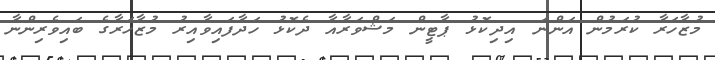
މުޒާހަރާ ކުރަމުން އަންނަ އިދިކޮޅު ޕާޓީން މަޝްވަރާއާ ދެކޮޅު ހަދާފައިވާއިރު މުޒާހަރާގެ ބައިވެރިންނާ